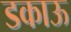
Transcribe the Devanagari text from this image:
डकाऊ